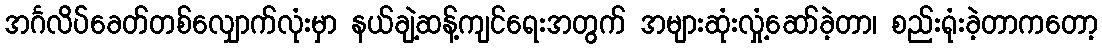
အင်္ဂလိပ်ခေတ်တစ်လျှောက်လုံးမှာ နယ်ချဲ့ဆန့်ကျင်ရေးအတွက် အများဆုံးလှုံ့ဆော်ခဲ့တာ၊ စည်းရုံးခဲ့တာကတော့